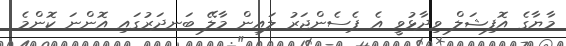
މާޔާގެ އޮފިޝަލް ވިދާޅުވީ އެ ޕެސެންޖަރު ލައިން މާލޭ ބަނދަރުގައި އޮންނަ ކޮންމެ